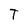
Character: T